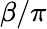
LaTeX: \beta/\pi